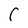
Character: C